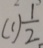
( 1 ) \frac { 1 } { 2 }